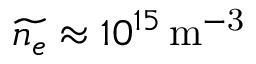
\widetilde { n _ { e } } \approx 1 0 ^ { 1 5 } \, \mathrm { m ^ { - 3 } }